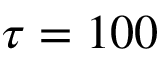
\tau = 1 0 0